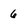
Character: 6